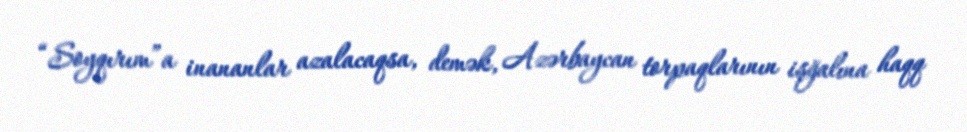
“Soyqırım”a inananlar azalacaqsa, demək, Azərbaycan torpaqlarının işğalına haqq